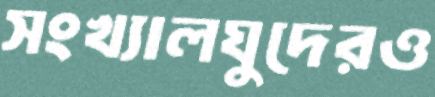
সংখ্যালঘুদেরও